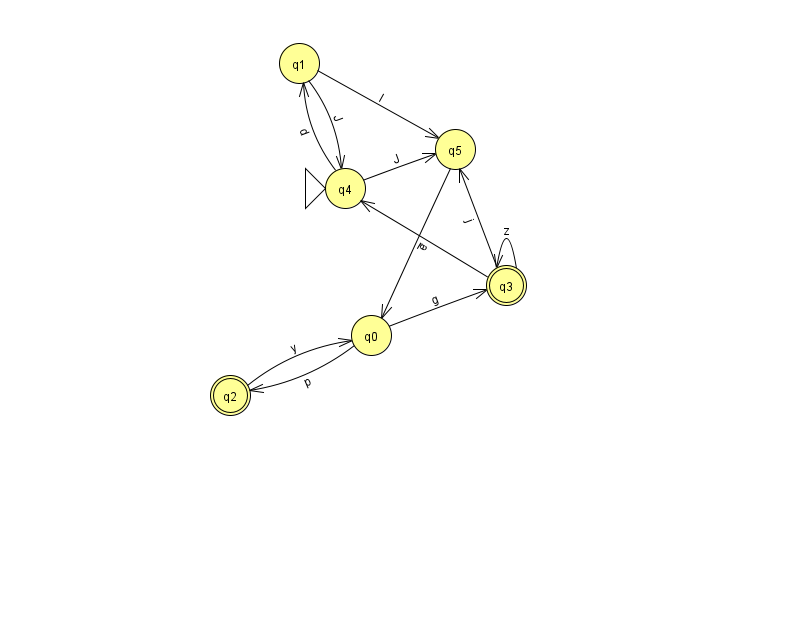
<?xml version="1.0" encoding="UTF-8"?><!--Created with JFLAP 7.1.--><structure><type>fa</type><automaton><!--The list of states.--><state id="0" name="q0"><x>371.0</x><y>322.0</y></state><state id="1" name="q1"><x>299.0</x><y>50.0</y></state><state id="2" name="q2"><x>230.0</x><y>382.0</y><final/></state><state id="3" name="q3"><x>506.0</x><y>272.0</y><final/></state><state id="4" name="q4"><x>345.0</x><y>175.0</y><initial/></state><state id="5" name="q5"><x>455.0</x><y>136.0</y></state><!--The list of transitions.--><transition><from>3</from><to>4</to><read>r</read></transition><transition><from>0</from><to>2</to><read>p</read></transition><transition><from>4</from><to>1</to><read>d</read></transition><transition><from>3</from><to>5</to><read>j</read></transition><transition><from>1</from><to>4</to><read>J</read></transition><transition><from>0</from><to>3</to><read>g</read></transition><transition><from>3</from><to>3</to><read>z</read></transition><transition><from>5</from><to>0</to><read>e</read></transition><transition><from>1</from><to>5</to><read>I</read></transition><transition><from>4</from><to>5</to><read>J</read></transition><transition><from>2</from><to>0</to><read>y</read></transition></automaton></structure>